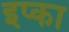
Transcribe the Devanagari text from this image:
इप्का